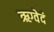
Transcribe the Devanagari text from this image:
ऋग्वेदं